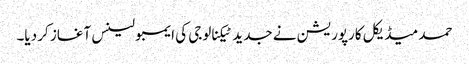
حمد میڈیکل کارپوریشن نے جدید ٹیکنالوجی کی ایمبولینس آغاز کر دیا۔